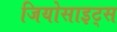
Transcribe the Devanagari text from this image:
जियोसाइट्स